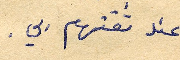
عند ثقتهم بي.